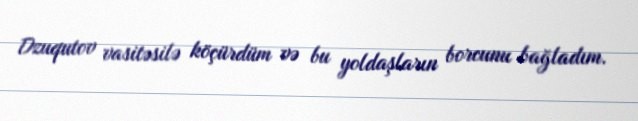
Dzuqutov vasitəsilə köçürdüm və bu yoldaşların borcunu bağladım.